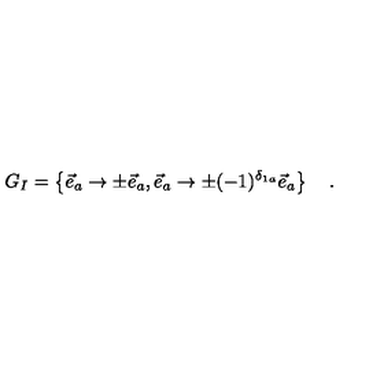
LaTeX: G _ { I } = \left\{ \vec { e } _ { a } \rightarrow \pm \vec { e } _ { a } , \vec { e } _ { a } \rightarrow \pm ( - 1 ) ^ { \delta _ { 1 a } } \vec { e } _ { a } \right\} \quad .